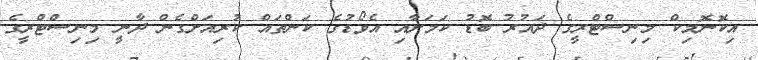
އިކޮނޮމިކް މިނިސްޓްރީގެ ދައުރު ބޮޑު ކަމަށާއި އެވޯޑުގެ ކަންތައް ކުރިއަށްގެން ދާނީ މިނިސްޓްރީގެ